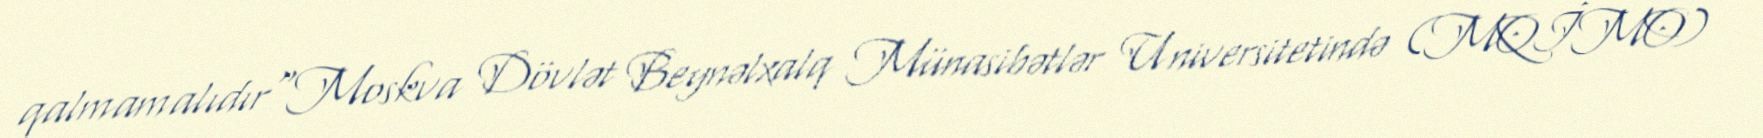
qalmamalıdır"Moskva Dövlət Beynəlxalq Münasibətlər Universitetində (MQİMO)